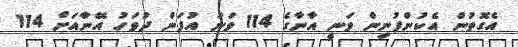
އެގޮތުން އެކުންފުނިން ވަނީ އާނާގެ 114 ވަނަ އުފަން ދުވަހު އޭނާއަށް 114